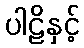
ပါဠိနှင့်